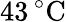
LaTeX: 43\, ^{\circ}\mathrm{C}